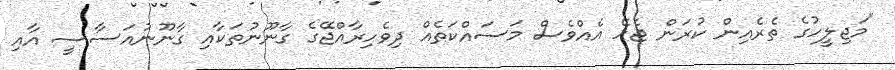
"މަޖިލީހުގެ ތެރެއިން ކުރަން ޖެހޭ އެއްވެސް މަސައްކަތެއް ދިވެހިރާއްޖޭގެ ގާނޫނުތަކާއި ގާނޫނުއަސާސީ އާއި